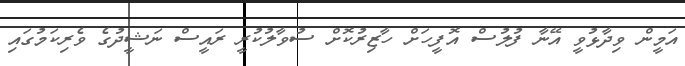
އަމީން ވިދާޅުވީ އޭނާ ފުލުސް އޮފީހަށް ހާޒިރުކޮށް ސުވާލުކުރީ ރައީސް ނަޝީދުގެ ވެރިކަމުގައި